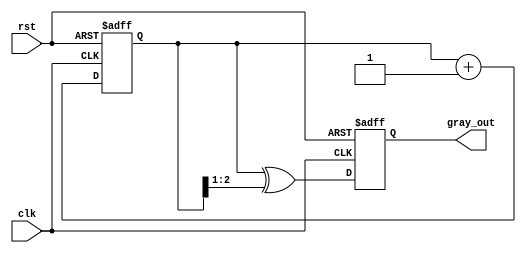
module gray_code_counter #(
    parameter N = 3  // Number of bits for the Gray code counter
)(
    input wire clk,          // Clock signal
    input wire rst,          // Asynchronous reset signal
    output reg [N-1:0] gray_out // Gray code output
);

    // Binary counter register
    reg [N-1:0] binary_count;

    // Gray code conversion
    function [N-1:0] binary_to_gray;
        input [N-1:0] bin;
        begin
            binary_to_gray = bin ^ (bin >> 1);
        end
    endfunction

    // Sequential logic for counting and output generation
    always @(posedge clk or posedge rst) begin
        if (rst) begin
            // Reset the binary counter and Gray code output
            binary_count <= 0;
            gray_out <= binary_to_gray(0);
        end else begin
            // Increment the binary counter
            binary_count <= binary_count + 1;
            // Update the Gray code output
            gray_out <= binary_to_gray(binary_count);
        end
    end

endmodule